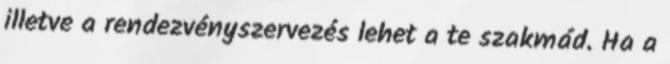
illetve a rendezvényszervezés lehet a te szakmád. Ha a